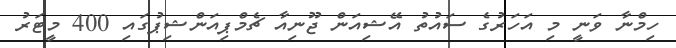
ހިމްނާ ވަނީ މި އަހަރުގެ ސައުތު އޭޝިއަން ޖޫނިއާ ޗެމްޕިއަންޝިޕުގައި 400 މީޓަރު